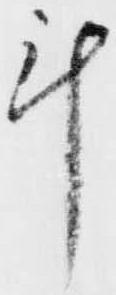
計